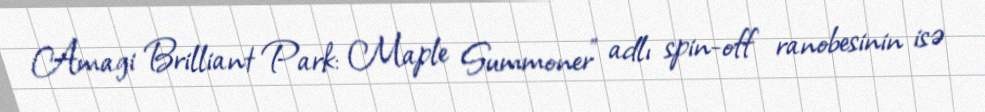
Amagi Brilliant Park: Maple Summoner" adlı spin-off ranobesinin isə